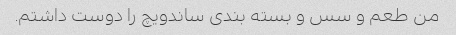
من طعم و سس و بسته بندی ساندویچ را دوست داشتم.